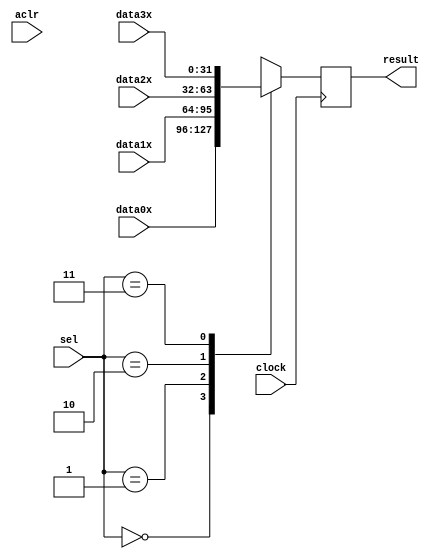
`timescale 1ns / 1ps
//////////////////////////////////////////////////////////////////////////////////
// Company: 
// Engineer: 
// 
// Design Name: 
// Module Name: mux4
// Project Name: 
// Target Devices: 
// Tool Versions: 
// Description: 
// 1 cycle delay
// Dependencies: 
// 
// Revision:
// Revision 0.01 - File Created
// Additional Comments:
// 
//////////////////////////////////////////////////////////////////////////////////


module mux4(
    input aclr,
    input clock,
    input [31:0] data0x,
    input [31:0] data1x,
    input [31:0] data2x,
    input [31:0] data3x,
    input [1:0] sel,
    output [31:0] result
    );
reg [31:0] tmp_result; 
always @ (posedge clock) begin

       case(sel)
        2'b00: tmp_result <= data0x;
        2'b01: tmp_result <= data1x;
        2'b10: tmp_result <= data2x;
        2'b11: tmp_result <= data3x;
        default: tmp_result <= data0x;
       endcase
   
end  


assign result = tmp_result;

endmodule